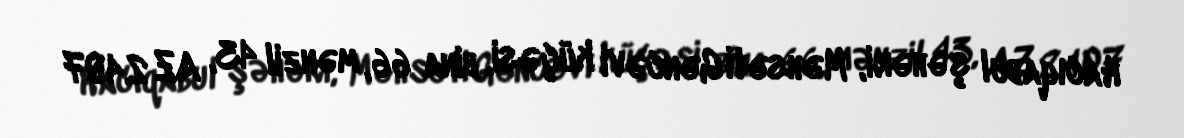
Hacıqabul şəhəri, Məhsəti Gəncəvi küçəsi, bina 66, mənzil 43, AZ 2407